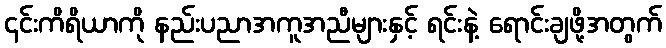
၎င်းကိရိယာကို နည်းပညာအကူအညီများနှင့် ရင်းနဲ့ ရောင်းချဖို့အတွက်